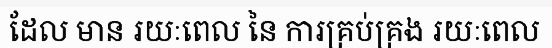
ដែល មាន រយៈពេល នៃ ការគ្រប់គ្រង រយៈពេល